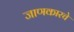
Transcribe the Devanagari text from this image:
जाणकारचे